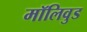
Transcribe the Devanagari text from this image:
मॉलिवुड